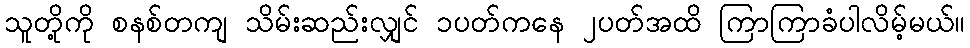
သူတို့ကို စနစ်တကျ သိမ်းဆည်းလျှင် ၁ပတ်ကနေ ၂ပတ်အထိ ကြာကြာခံပါလိမ့်မယ်။